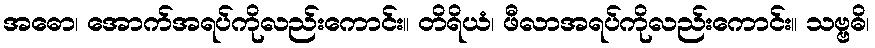
အဓော၊ အောက်အရပ်ကိုလည်းကောင်း။ တိရိယံ၊ ဖီလာအရပ်ကိုလည်းကောင်း။ သဗ္ဗဓိ၊